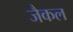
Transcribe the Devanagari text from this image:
जैकल